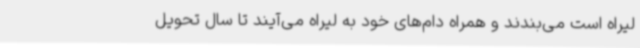
لیراه است می‌بندند و همراه دام‌های خود به لیراه می‌آیند تا سال تحویل